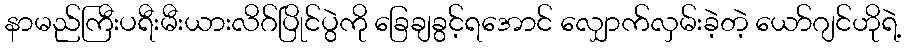
နာမည်ကြီးပရီးမီးယားလိဂ်ပြိုင်ပွဲကို ခြေချခွင့်ရအောင် လျှောက်လှမ်းခဲ့တဲ့ ယော်ဂျင်ဟိုရဲ့